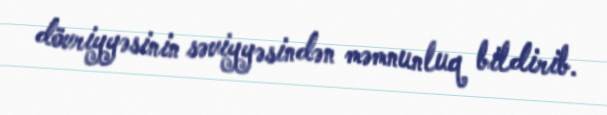
dövriyyəsinin səviyyəsindən məmnunluq bildirib.